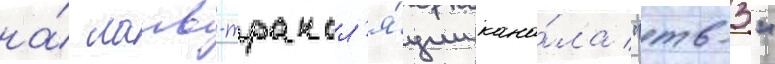
на́ лаив-трансл'я́ции кана́ла "тв-3"